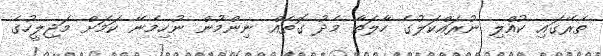
ތެރޭގައި ކުއްލި ނުރައްކަލުގެ ހާލަތާ މެދު ގޮތެއް ނިންމުން ނުހިމެނޭ ކަމަށް މަޖިލީހުގެ